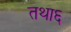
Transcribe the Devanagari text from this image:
तथा६